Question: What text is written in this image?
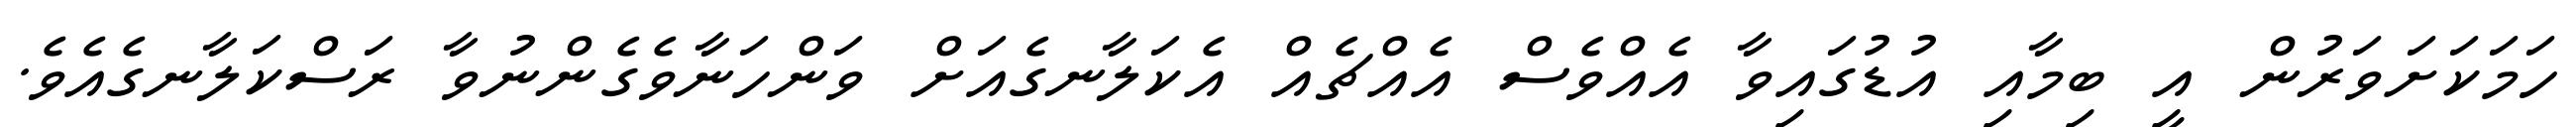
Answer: ހަމަކަށަވަރުން އީ ބިމާއި އުޑުގައިވާ އެއްވެސް އެއްޗެއް އެކަލާނގެއަށް ވަންހަނާވެގެންނުވާ ރަސްކަލާނގެއެވެ.